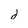
Character: d